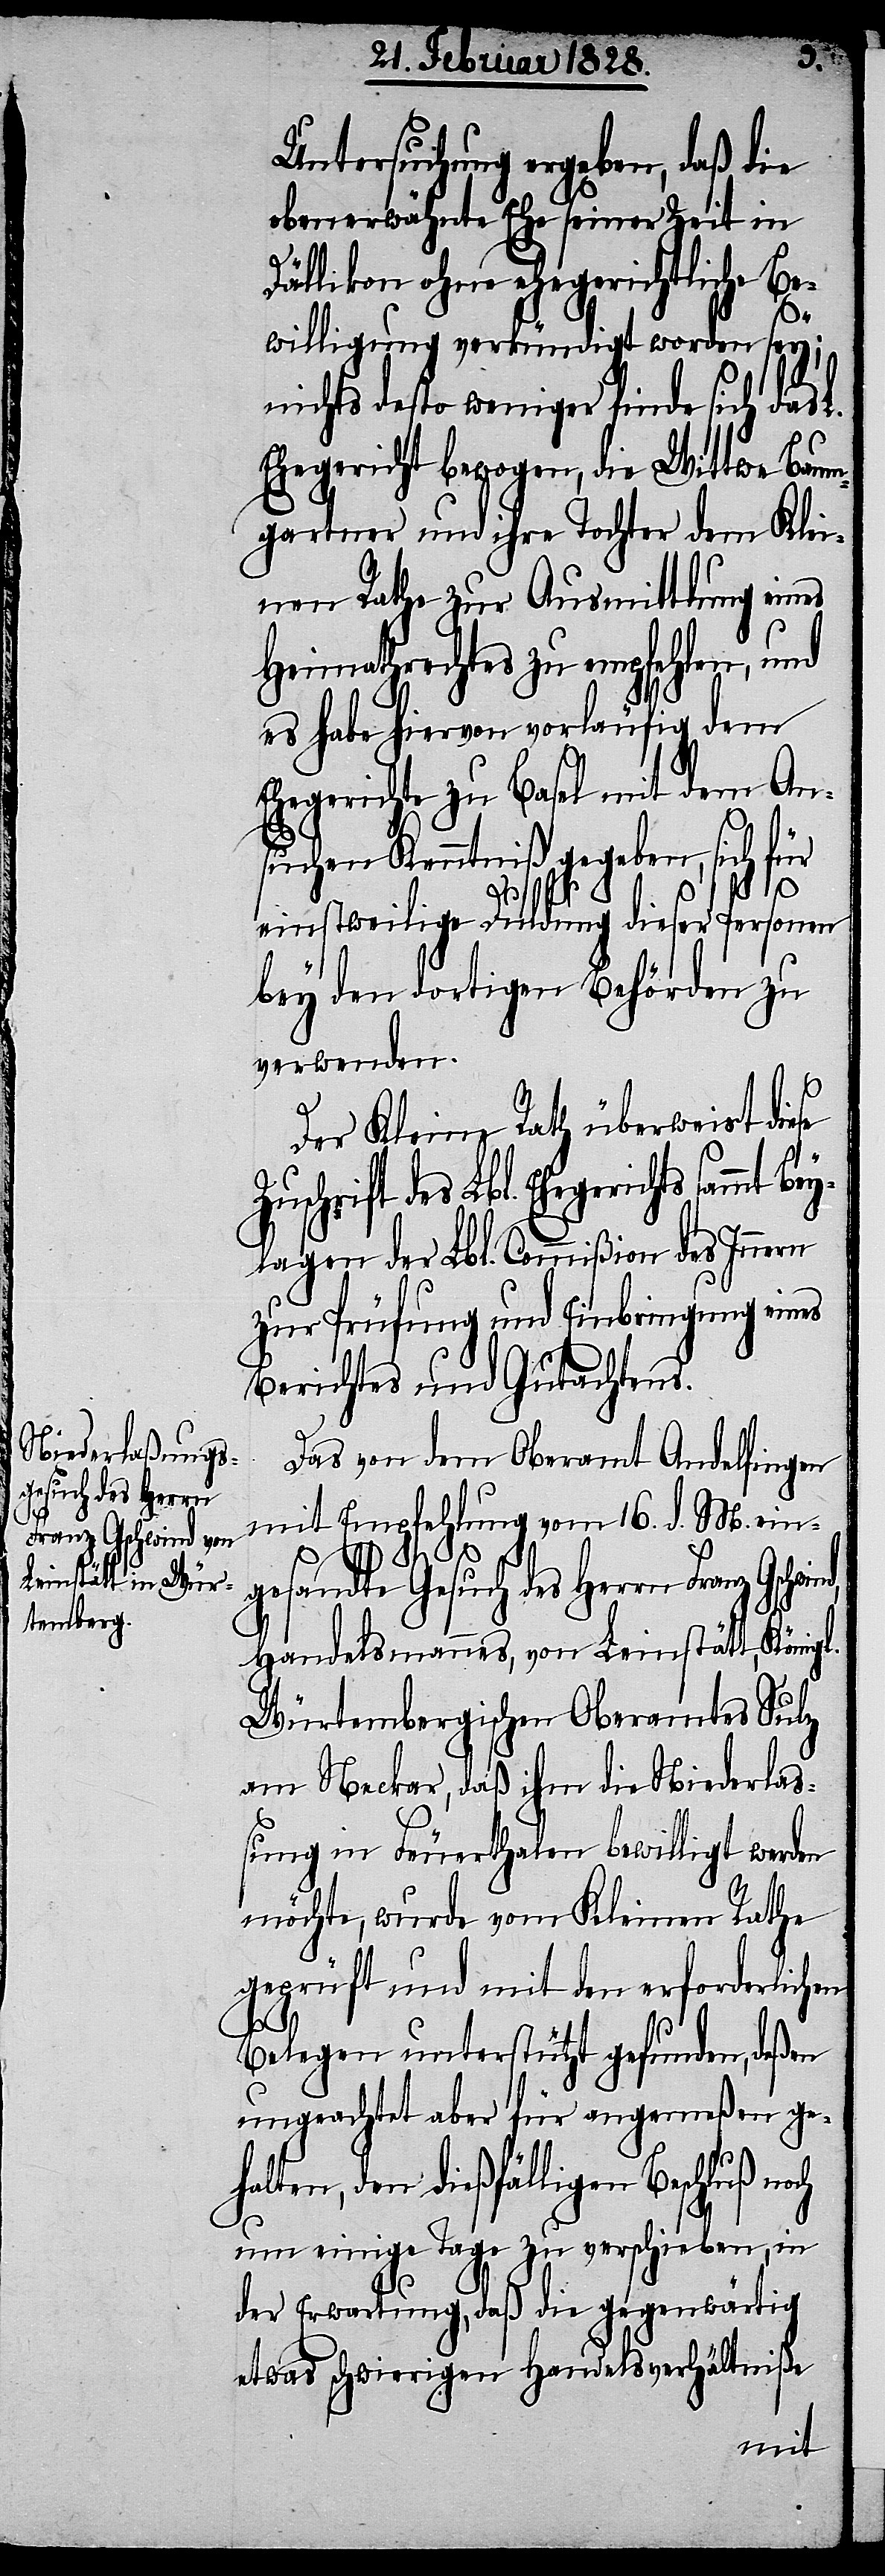
Untersuchung ergeben, daß die
ebenerwähnte Ehe seiner Zeit in
Dällikon ohne ehegerichtliche Be¬
Bey¬
willigung verkündigt worden sey;
nichts desto weniger finde sich das L.
Ehegericht bewogen, die Wittwe Baum¬
gartner und ihre Tochter dem Klei¬
nen Rathe zur Ausmittlung eines
Heimathrechtes zu empfehlen, und
es habe hiervon vorläufig dem
Ehegerichte zu Basel mit dem An¬
suchen Kenntniß gegeben, sich für
nd,
einstweilige Duldung dieser Personen
bey den dortigen Behörden zu
verwenden.
Der Kleine Rath überweist diese
uschrift des Lbl. Ehegerichts sa¬
lagen der Lbl. Commißion des Innern
zur Prüfung und Einbringung eines
Berichtes und Gutachtens.
Das von dem Oberamt Andelfingen
mit Empfehlung vom 16. d. M. ein¬
gesandte Gesuch des Herrn Franz Gschwi¬
Handelsmannes, von Leinstätt, Königl.
Würtembergischen Oberamtes Sulz
am Neckar, daß ihm die Niederla¬
ßung in Feuerthalen bewilligt werden
möchte, wurde vom Kleinen Rathe
geprüft und mit den erforderlichen
Belegen unterstützt gefunden, deßen
ungeachtet aber für angemeßen geh¬
alten, den dießfälligen Beschluß
um einige Tage zu verschieben, in
der Erwartung, daß die gegenwärtig
etwas schwierigen Handelsverhältniße
mmt